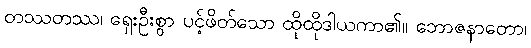
တဿတဿ၊ ရှေးဦးစွာ ပင့်ဖိတ်သော ထိုထိုဒါယကာ၏။ ဘောဇနာတော၊